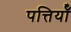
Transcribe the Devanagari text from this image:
पत्तियॉँ